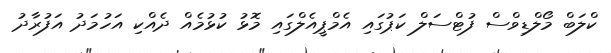
ކްލަބް މޯލްޑިވްސް ފުޓްސަލް ކަޕުގައި އެމްޕީއެލްގައި މޮޅު ކުޅުމެއް ދެއްކި އަހުމަދު އަފުރާދު